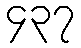
၄၃၇